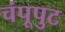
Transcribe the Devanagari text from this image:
चंपूपुट